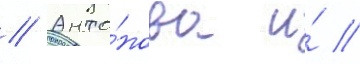
// Анто́нова и́ //